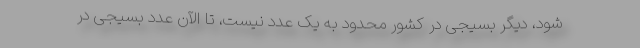
شود، دیگر بسیجی در کشور محدود به یک عدد نیست، تا الآن عدد بسیجی در